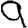
Digit: 9